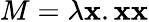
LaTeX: M=\lambda\mathbf{x}.\mathbf{x}\mathbf{x}